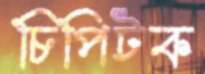
চিপিটক